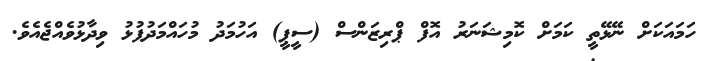
ހަމައަކަށް ނޭޅޭތީ ކަމަށް ކޮމިޝަނަރު އޮފް ޕްރިޒަންސް (ސީޕީ) އަހުމަދު މުހައްމަދުފުޅު ވިދާޅުވެއްޖެއެވެ.